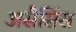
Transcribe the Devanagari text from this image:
असैसिंस